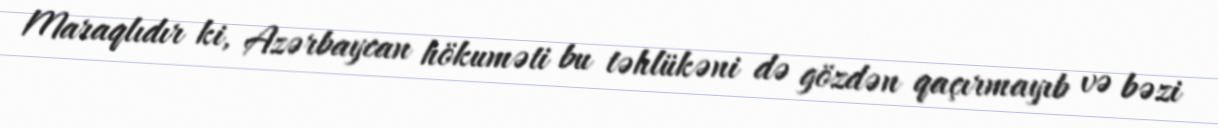
Maraqlıdır ki, Azərbaycan hökuməti bu təhlükəni də gözdən qaçırmayıb və bəzi